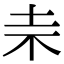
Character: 𣏄